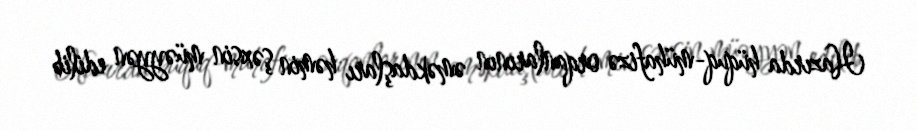
Hazırda hüquq-mühafizə orqanlarının əməkdaşları həmin şəxsin müəyyən edilib